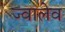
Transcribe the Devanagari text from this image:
ज्वालेव